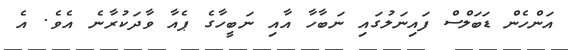
އަންހެން ޑަބަލްސް ފައިނަލުގައި ނަބާހާ އާއި ނަބީހާގެ ޕެއާ ވާދަކުރާނެ އެވެ. އެ